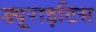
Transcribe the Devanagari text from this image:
ड्यूराइटिस